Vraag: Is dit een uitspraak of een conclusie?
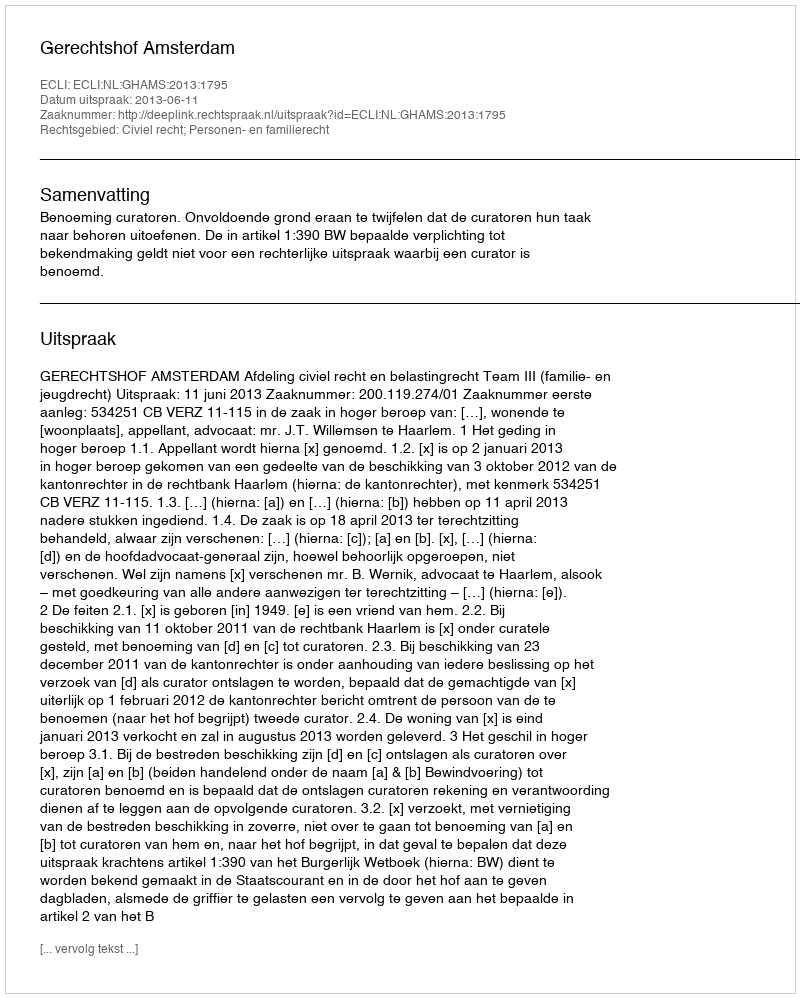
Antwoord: Uitspraak